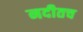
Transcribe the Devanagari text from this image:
नदीतच